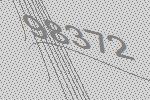
98372